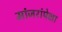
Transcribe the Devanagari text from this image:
मांजरांपेक्षा